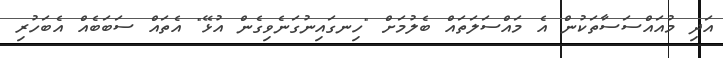
އަދި މުއައްސަސާތަކުން އެ މައްސަލަތައް ބެލުމަށް "ހިނގައިނުގަނެވިގެން އުޅޭ" އެތައް ސަބަބެއް އެބަހުރި